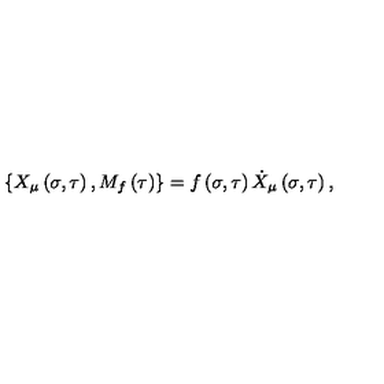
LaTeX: \left\{ X _ { \mu } \left( \sigma , \tau \right) , M _ { f } \left( \tau \right) \right\} = f \left( \sigma , \tau \right) \dot { X } _ { \mu } \left( \sigma , \tau \right) ,